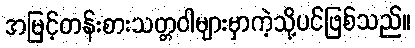
အမြင့်တန်းစားသတ္တဝါများမှာကဲ့သို့ပင်ဖြစ်သည်။